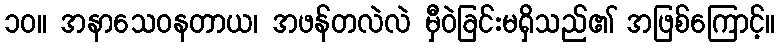
၁၀။ အနာသေဝနတာယ၊ အဖန်တလဲလဲ မှီဝဲခြင်းမရှိသည်၏ အဖြစ်ကြောင့်။